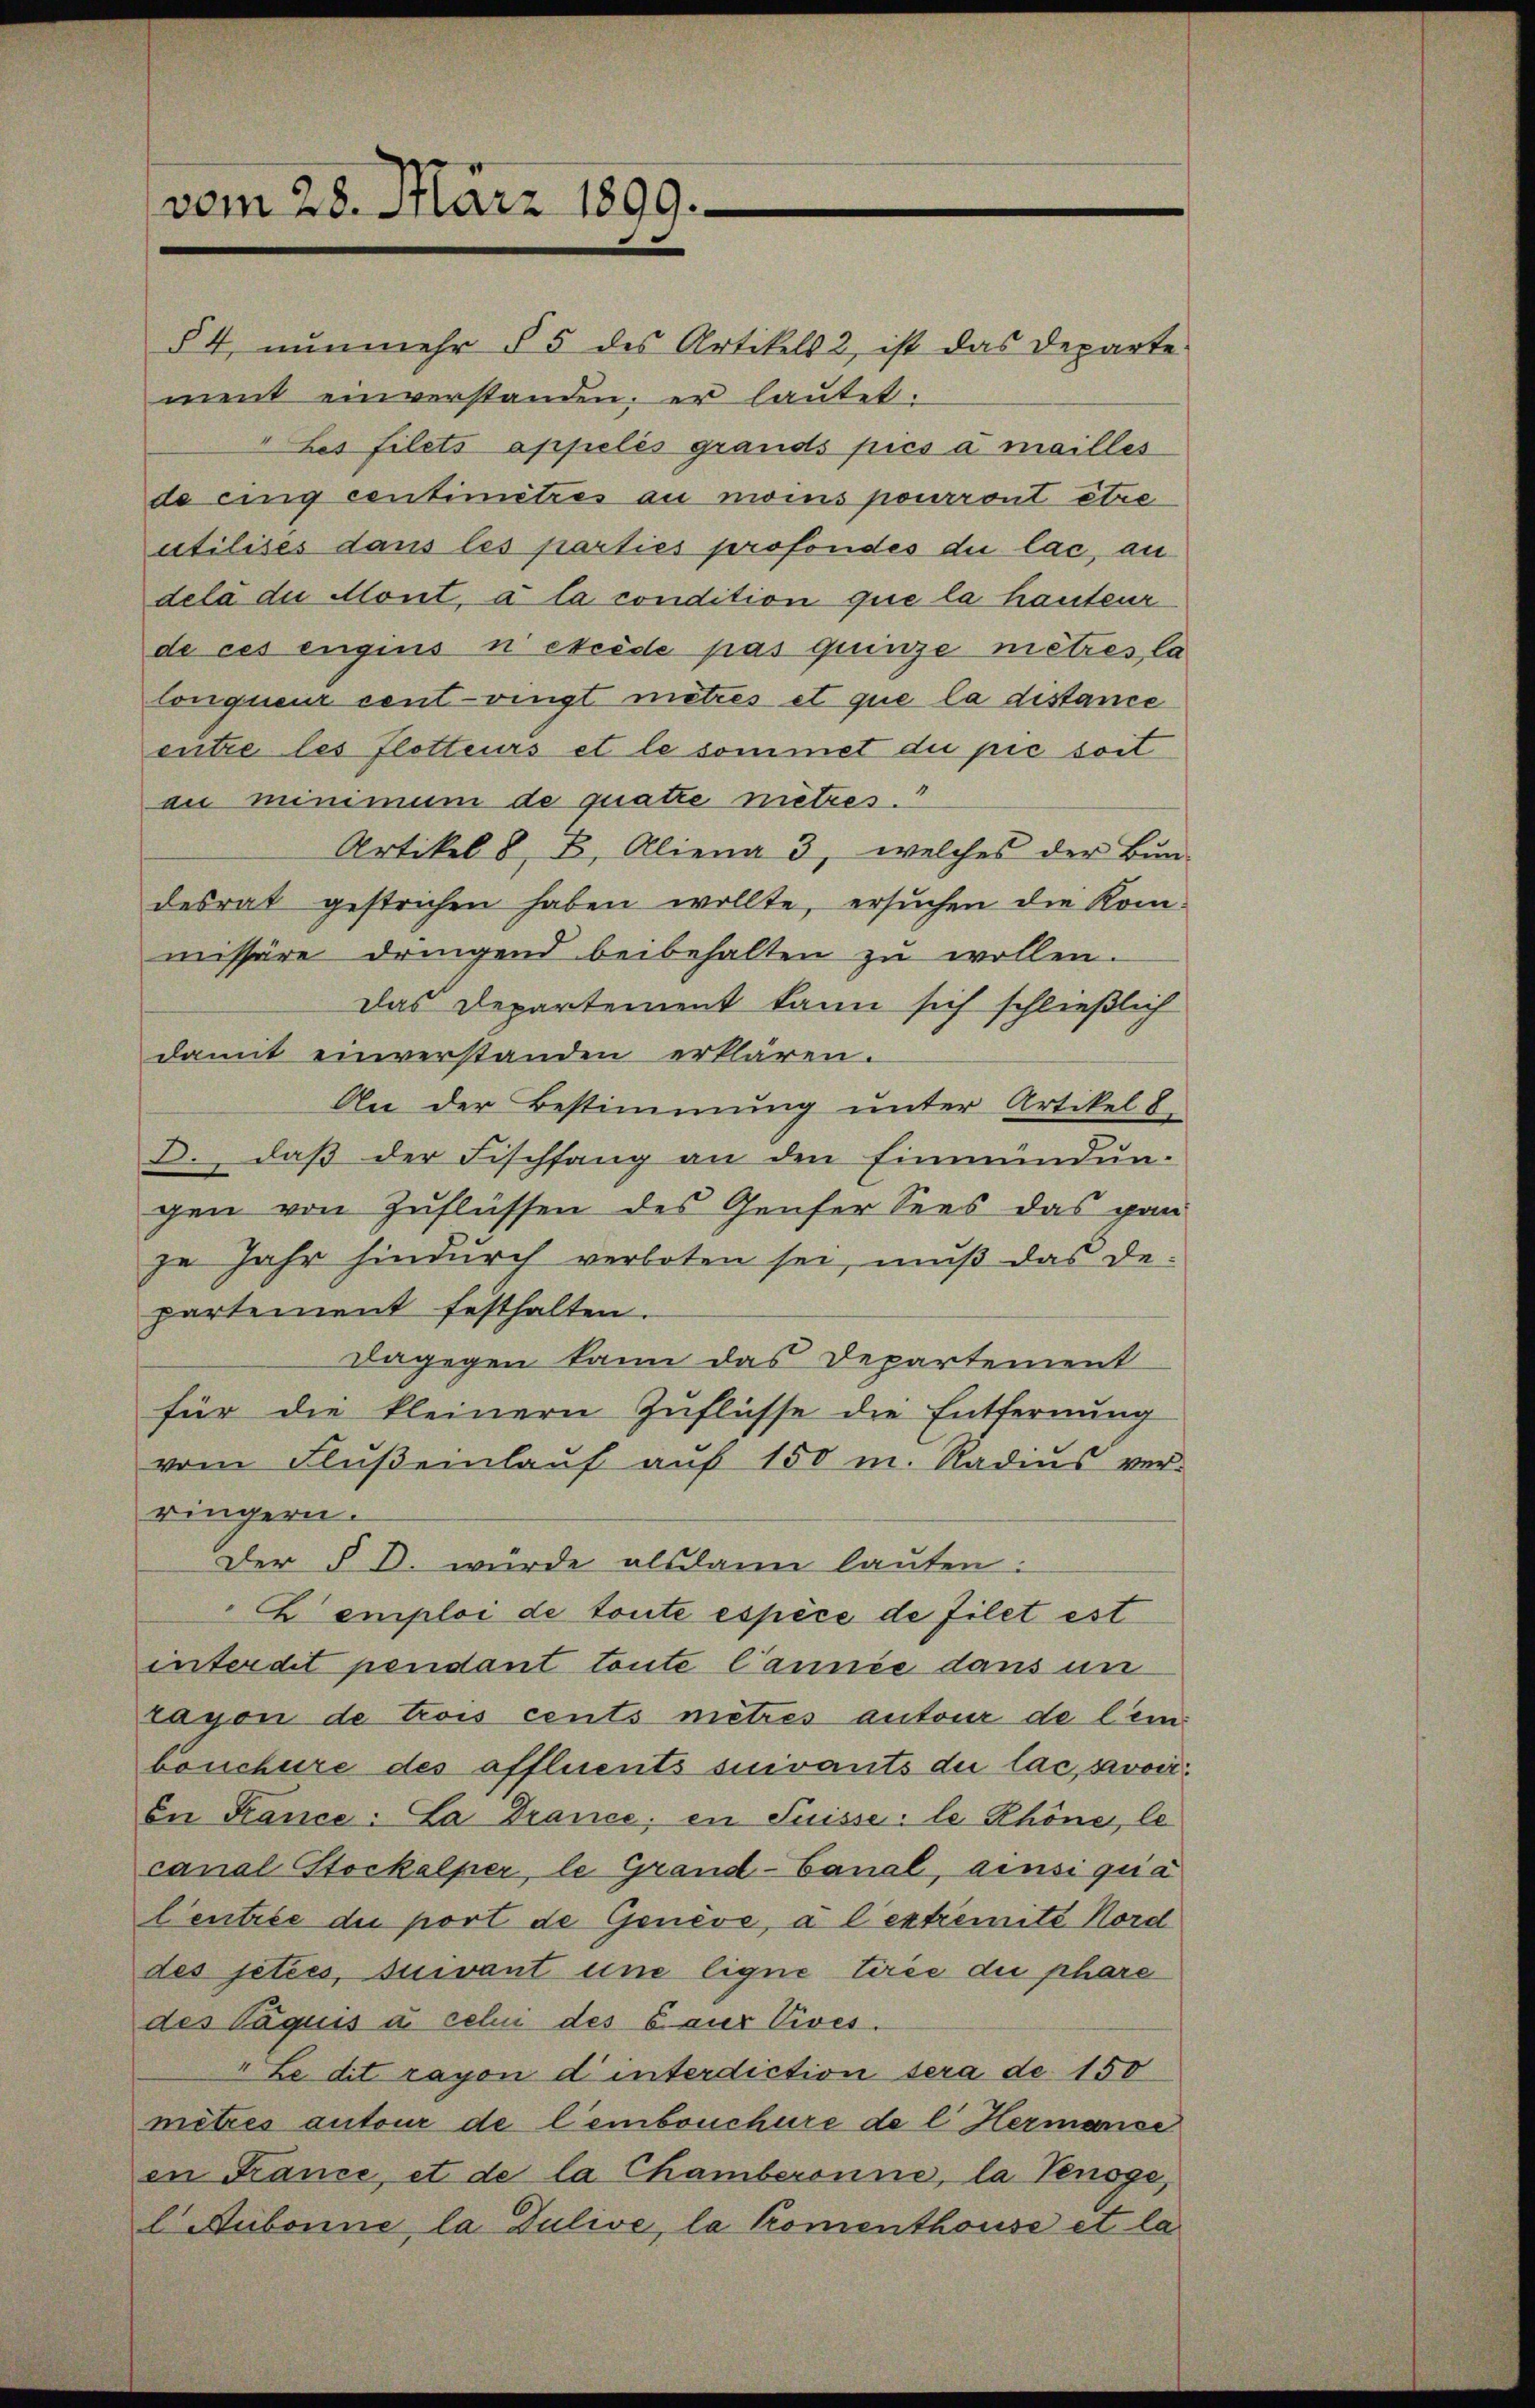
vom 28. März 1899.

§ 4, nunmehr § 5 des Artikels 2, ist das Departe
ment einverstanden, er lautet:
Les filets appelés grands pies a mailles
de eing centimètres au moins pourront être
utilises dans les parties profondes du lac, an
delà due Mont, à la condition que la hauteur
de ces engins ni excède pas quinze mètres, la
lonqueur cent vingt mitres et que la distance
entre les flotteurs et le sommet die pie soit
au minimum de quatte nietzes.
Artikel 8. B. Aliena 3, welches der Bun-
desrat gestrichen haben wollte, ersŭchen die Kommissäre dringend beibehalten zu wollen.
Das Departement kann sich schließlich
damit einverstanden erklären.
An der Bestimmung unter Artikel 8.
D. daβ der Fischfang an den Einmündŭn-
gen von Zuflüssen des Genfer Sees das gan
je Jahr hindŭrch verboten sei, mŭβ das de-
partement festhalten.
Dagegen kann das Departement
für die kleinern Zuflüsse die Entfernung
vom Flußeinlauf auf 150 m. Radius ver-
ringern.
Der § D. würde alsdann lauten:
 emploi de toute espèce de Filet est
interdit pendant toute Cannée dans un
rayon de trois cents metrés autour de lein
bouchüre des affluents suivants die lac, avoir
In France. La trance; in Suisse: le Khöne, le
canal Stockalper, le Grand-Canal, ainsi qua
Centrée der port de Genève, à l’extremité Nord
des jetées, suivant eine ligne tirée die phare
des Paquis à cehn des 6 aus Vives.
" Le dit rayon d interdiction sera de 150
mitres autour de lembouchure de l. Hermanse
en France, et de la Chamberonne, la Venöge,
l Aubonne, la Dulive, la komenthouse et la